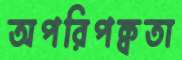
অপরিপক্বতা